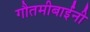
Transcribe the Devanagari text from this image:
गौतमीबाईंनी